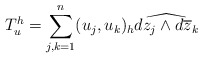
\begin{align*} T^h_u=\sum^n_{j,k=1}(u_j,u_k)_h\widehat{dz_j\wedge d\overline{z}_k}\end{align*}